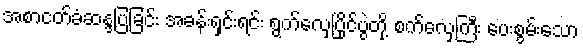
အစာငတ်ခံဆန္ဒပြခြင်း အခန်းရှင်းရင်း ရွက်လှေပြိုင်ပွဲတို့ စက်လှေကြီး ပေးစွမ်းသော